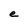
Character: e